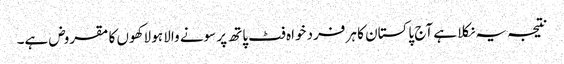
نتیجہ یہ نکلا ہے آج پاکستان کا ہر فرد خواہ فٹ پاتھ پر سونے والا ہو لاکھوں کا مقروض ہے۔